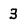
Character: 3